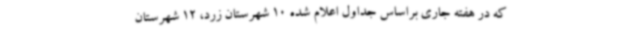
که در هفته جاری براساس جداول اعلام شده 10 شهرستان زرد، 12 شهرستان